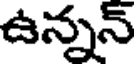
ఉన్నన్